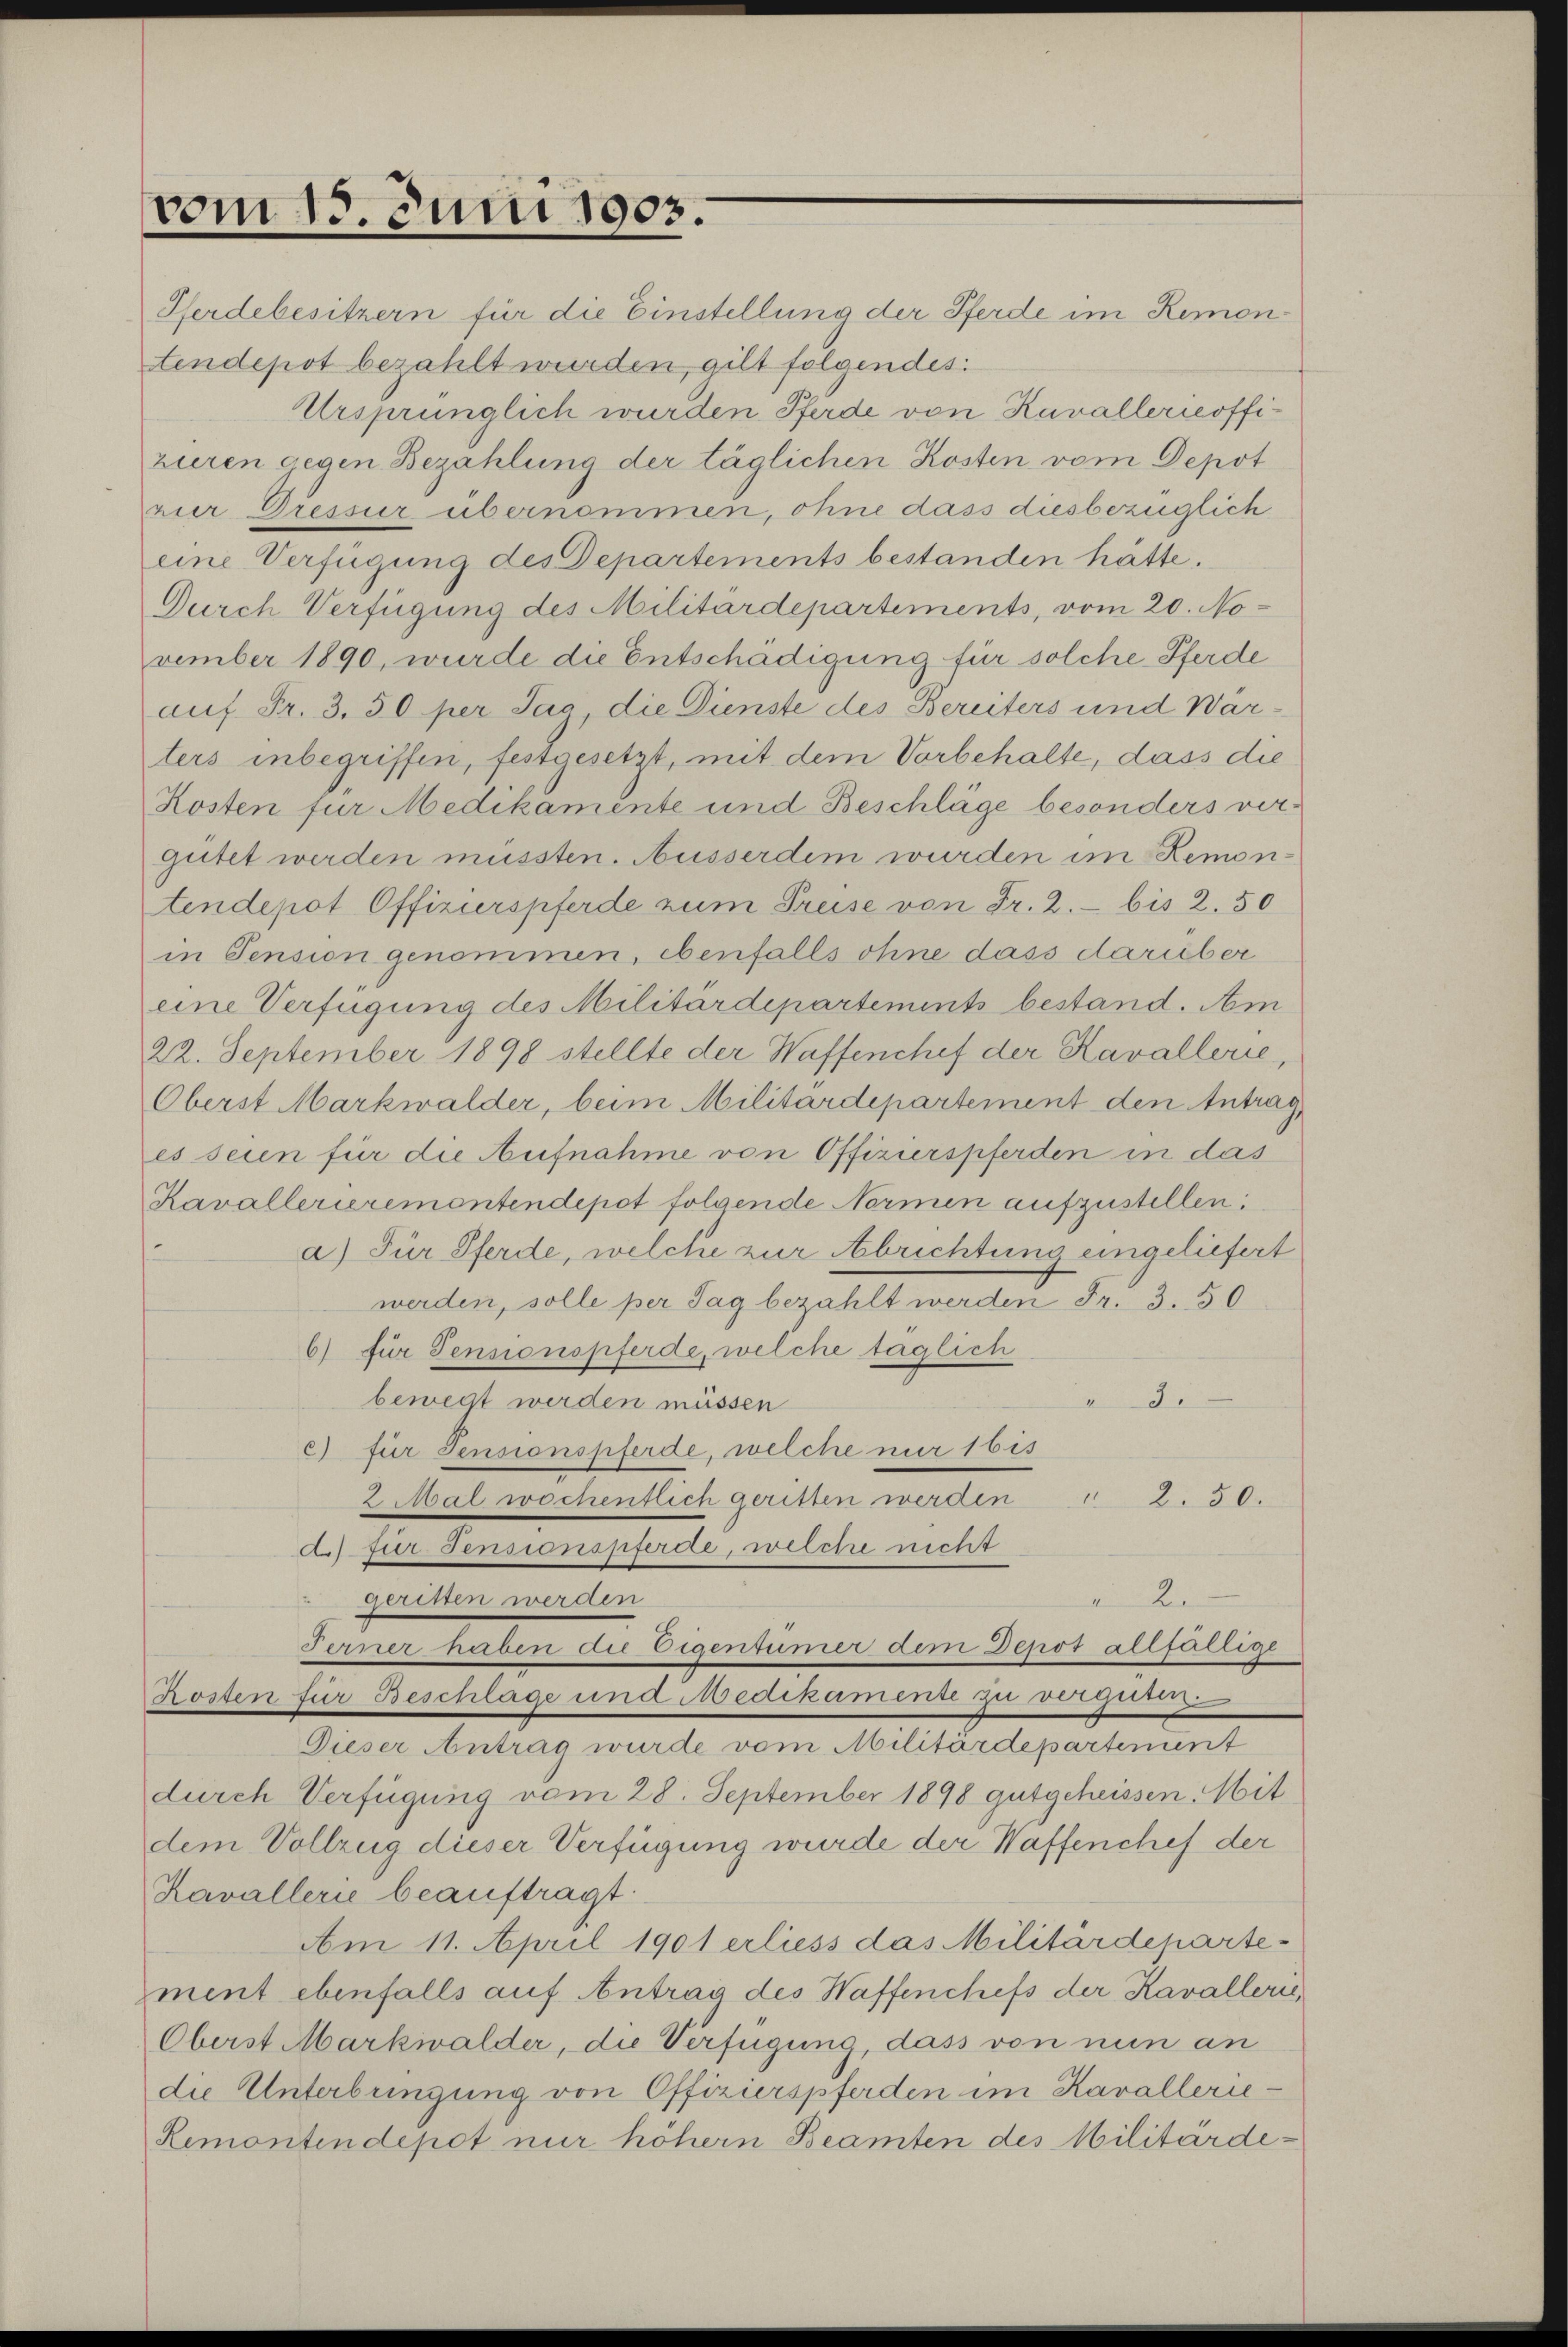
vom 15. Juni 1903.

Pferdebesitzern für die Einstellung der Pferde im Remontendepot bezahlt wurden, gilt folgendes:
Ursprünglich wurden Pferde von Kavallerieoffizieren gegen Bezahlung der täglichen Kosten vom Depot
rur Dressur übernommen, ohne dass diesbezüglich
eine Verfügung des Departements bestanden hätte.
Durch Verfügung des Militärdepartements, vom 20. November 1890, wurde die Entschädigung für solche Pferde
auf Fr. 3. 50 per Jas die Dienste des Bereiters und Wärters inbegriffen, festgesetzt, mit dem Vorbehalte, dass die
Kosten für Medikamente und Beschläge besonders vergutet werden müssten. Ausserdem wurden im Remontendepot Offizierspferde zum Preise von Fr. 2.- bis 2. 50
in Pension genommen, ebenfalls ohne dass darüber
eine Verfügung des Militärdepartements bestand. Am
22. September 1898 stellte der Waffenchef der Kavallerie,
Oberst Markwalder, beim Militärdepartement den Antrag
es seien für die Aufnahme von Offizierspferden in das
Kavallerierementendepot folgende Normen aufzustellen:
a.) Für Pferde, welche zur Abrichtung eingeliefert
werden, solle per Tag bezahlt werden Fr. 3. 50
6) für Pensionspferde, welche taglich
 3.
bewegt werden müssen
c) für Pensionspferde, welche nur 1 bis
 2. 50.
Ziwal wochentlich geritten werden
d) für Fensionspferde, welche nicht
Derinn werden
de Kan
Ferner haben die Eigentümer dem Depot allfällige
hosten für Beschlage und Medikamente zu verge
Dieser Antrag wurde vom Militärdepartement
durch Verfügung vom 28. September 1898 gutgeheissen. Mit
dem Vollzug dieser Verfügung wurde der Waffenchef der
Kavallerie beauftragt.
Am 11. April 1901 erliess das Militärdeparte-
ment ebenfalls auf Antrag des Waffenchefs der Kavalleri
Oberst Markwalder, die Verfügung, dass von nun an
die Unterbringung von Offizierspferden im Kavallerie
Remontendepot nur höhern Beamten des Militärde¬